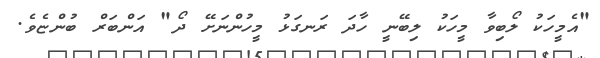
"އެމީހަކު ލޯބިވާ މީހަކު ލިބޭނީ ހާދަ ރަނގަޅު މީހުންނަށޭ ދޯ" އަންބަރް ބުންޏެވެ.